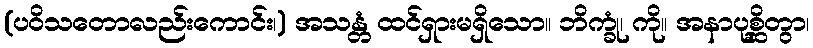
(ပဝိသတောလည်းကောင်း၊) အသန္တံ ထင်ရှားမရှိသော။ ဘိက္ခုံ၊ ကို။ အနာပုစ္ဆိတွာ၊